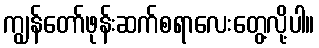
ကျွန်တော်ဖုန်းဆက်စရာလေးတွေ့လို့ပါ။